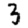
Digit: 3